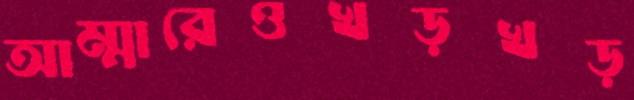
আম্মারেওখড়খড়